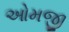
ઓમજી